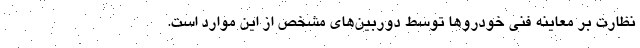
نظارت بر معاینه فنی خودرو‌ها توسط دوربین‌های مشخص از این موارد است.